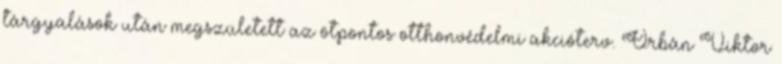
tárgyalások után megszületett az ötpontos otthonvédelmi akcióterv. Orbán Viktor